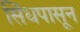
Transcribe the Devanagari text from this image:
सिंधपासून